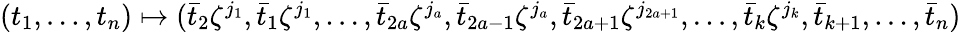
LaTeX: \begin{array}{r}{(t_{1},\dotsc,t_{n})\mapsto(\bar{t}_{2}\zeta^{j_{1}},\bar{t}_{1}\zeta^{j_{1}},\dotsc,\bar{t}_{2a}\zeta^{j_{a}},\bar{t}_{2a-1}\zeta^{j_{a}},\bar{t}_{2a+1}\zeta^{j_{2a+1}},\dotsc,\bar{t}_{k}\zeta^{j_{k}},\bar{t}_{k+1},\dotsc,\bar{t}_{n})}\end{array}